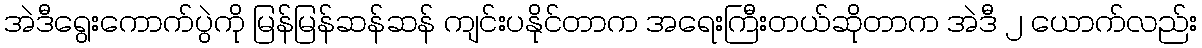
အဲဒီရွေးကောက်ပွဲကို မြန်မြန်ဆန်ဆန် ကျင်းပနိုင်တာက အရေးကြီးတယ်ဆိုတာက အဲဒီ ၂ ယောက်လည်း